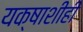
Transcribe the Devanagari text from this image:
यक्षाशीही